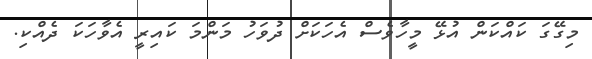
މިގޭގަ ކައްކަން އުޅޭ މީހާވެސް އެހަކަށް ދުވަހު މަންމަ ކައިރީ އެވާހަކަ ދެއްކި.